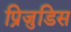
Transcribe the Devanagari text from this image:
प्रिजुडिस